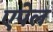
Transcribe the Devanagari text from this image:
एपेल